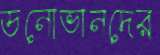
ডনোভানদের